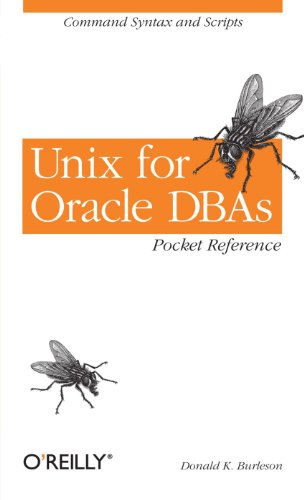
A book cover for Unix for Oracle Dbas Pocket Reference; Donald K. Burleson; Computers & Technology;